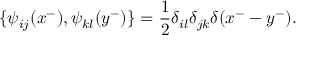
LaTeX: \{ \psi _ { i j } ( x ^ { - } ) , \psi _ { k l } ( y ^ { - } ) \} = \frac { 1 } { 2 } \delta _ { i l } \delta _ { j k } \delta ( x ^ { - } - y ^ { - } ) .